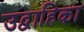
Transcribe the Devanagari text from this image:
उद्वाहिका